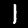
Digit: 1